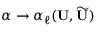
\alpha \to \alpha _ { \ell } ( \mathbf { U } , \widetilde { \mathbf { U } } )